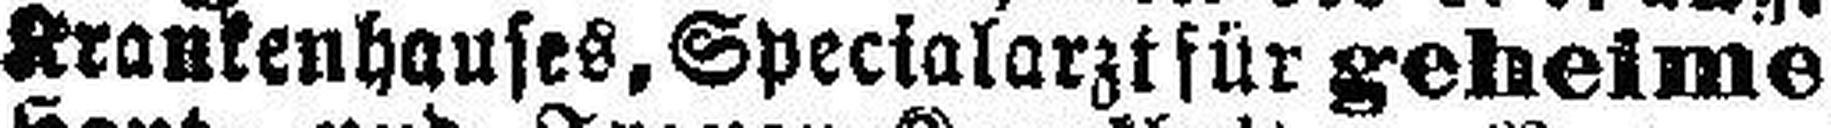
Krankenhauses, Specialarzt für geheime